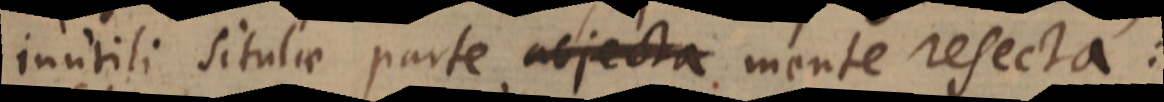
inutili situlae parte abjecta mente resecta: